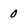
Character: 0